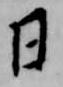
日